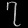
Digit: ၇